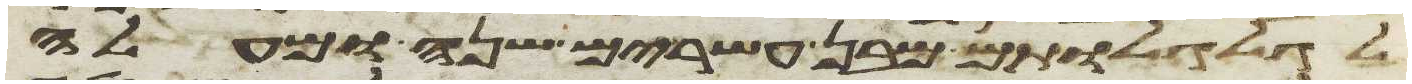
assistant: לגלגלותם מבן עשרים שנה ומעלה